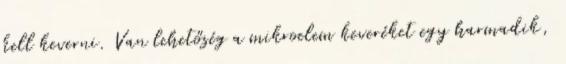
kell keverni. Van lehetőség a mikroelem keveréket egy harmadik,